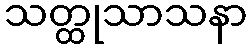
သတ္ထုသာသနာ